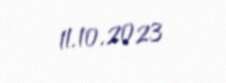
11.10.2023